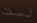
لست